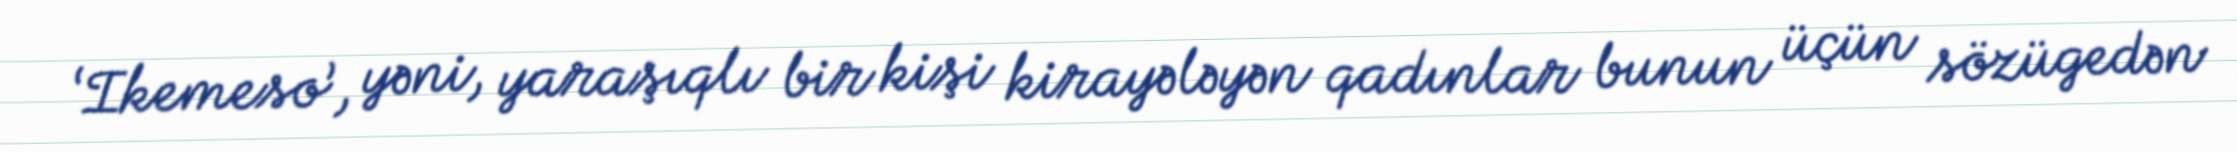
‘Ikemeso’, yəni, yaraşıqlı bir kişi kirayələyən qadınlar bunun üçün sözügedən